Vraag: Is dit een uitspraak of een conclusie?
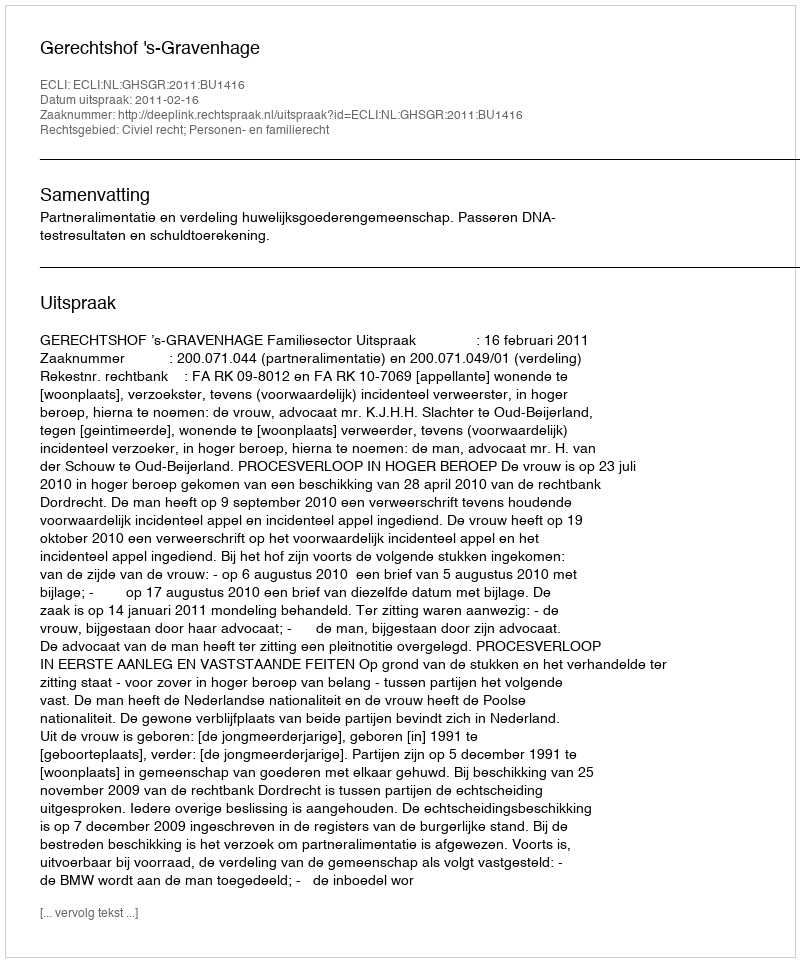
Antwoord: Uitspraak